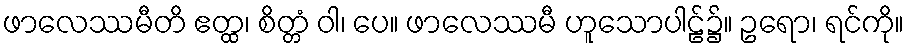
ဖာလေဿမီတိ ဧတ္ထ၊ စိတ္တံ ဝါ၊ ပေ။ ဖာလေဿမီ ဟူသောပါဠ်၌။ ဥရော၊ ရင်ကို။